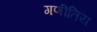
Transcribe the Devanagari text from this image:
गणीतिय